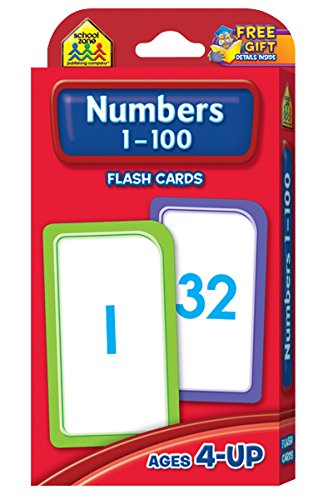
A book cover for Numbers 1-100 Flash Cards; Children's Books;